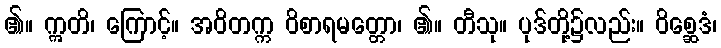
၏။ ဣတိ၊ ကြောင့်။ အဝိတက္က ဝိစာရမတ္တော၊ ၏။ တီသု။ ပုဒ်တို့၌လည်း။ ဝိစ္ဆေဒံ၊